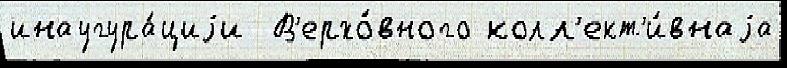
инаугура́циjи  В'ерхо́вного колл'ект'и́внаjа